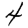
Digit: 4